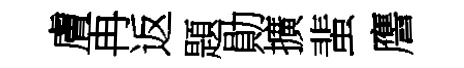
膚再返題勛擴蜚譍